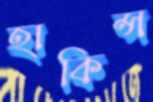
হাকিন্স